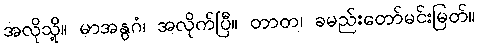
အလိုသို့။ မာအနွဂံ၊ အလိုက်ပြီ။ တာတ၊ ခမည်းတော်မင်းမြတ်။